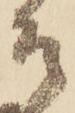
そ